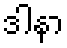
ဒါနာ